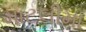
માટલીમા